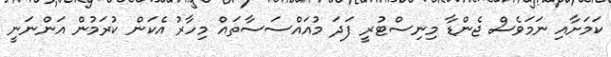
ކަމަށާއި ނަމަވެސް ޖެންޑާ މިނިސްޓުރީ ފަދަ މުއައްސަސާތައް މިހާރު އެކަން ކުރަމުން އަންނަނީ